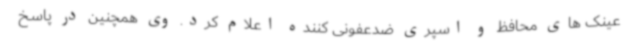
عینک های محافظ و اسپری ضدعفونی کننده اعلام کرد. وی همچنین در پاسخ